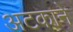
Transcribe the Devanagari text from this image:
अटकाने